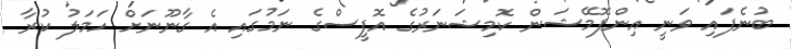
ބުނެފައި ވަނީ އިންފޮމޭޝަން ކޮމިޝަނަރުގެ އޮފީސްގެ ނަމުގައި އެ ގާނޫނަށް ހަމަލު ކުރާ